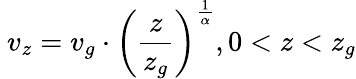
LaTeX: \ v_{z}=v_{g}\cdot\left({\frac{z}{z_{g}}}\right)^{\frac{1}{\alpha}},0<z<z_{g}